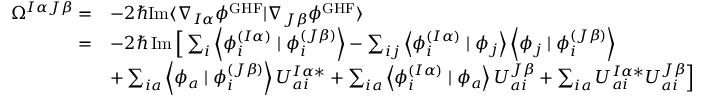
\begin{array} { r l } { \Omega ^ { I \alpha J \beta } = } & { - 2 \hbar \mathrm { I m } \langle \nabla _ { I \alpha } \phi ^ { \mathrm { G H F } } | \nabla _ { J \beta } \phi ^ { \mathrm { G H F } } \rangle } \\ { = } & { - 2 \hbar \operatorname { I m } \Big [ \sum _ { i } \left\langle \phi _ { i } ^ { ( I \alpha ) } \mid \phi _ { i } ^ { ( J \beta ) } \right\rangle - \sum _ { i j } \left\langle \phi _ { i } ^ { ( I \alpha ) } \mid \phi _ { j } \right\rangle \left\langle \phi _ { j } \mid \phi _ { i } ^ { ( J \beta ) } \right\rangle } \\ & { + \sum _ { i a } \left\langle \phi _ { a } \mid \phi _ { i } ^ { ( J \beta ) } \right\rangle U _ { a i } ^ { I \alpha * } + \sum _ { i a } \left\langle \phi _ { i } ^ { ( I \alpha ) } \mid \phi _ { a } \right\rangle U _ { a i } ^ { J \beta } + \sum _ { i a } U _ { a i } ^ { I \alpha * } U _ { a i } ^ { J \beta } \Big ] } \end{array}